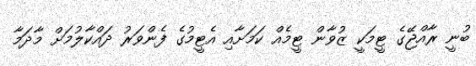
ބުނީ ރާއްޖޭގެ ޓީމަކީ ޒުވާން ޓީމެއް ކަމަށާއި އެޓީމުގެ ފެންވަރު ދައްކާލުމަށް މާދަމާ